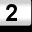
Digit: 2